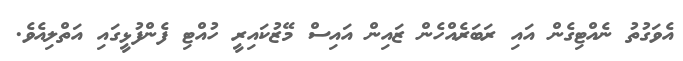
އެވަގުތު ނެއްޓިގެން އައި ރަބަރެއްހެން ޒައިން އައިސް މޭޒުކައިރީ ހުއްޓި ފެންފުޅީގައި އަތްލިއެވެ.